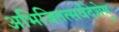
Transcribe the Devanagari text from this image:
अभिजितत्सर्वदेशेषु